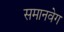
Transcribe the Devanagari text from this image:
समानवेग